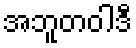
အဘူတဝါဒီ